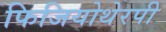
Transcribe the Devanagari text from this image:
फिजियोथेरपी